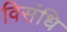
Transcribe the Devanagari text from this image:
विसंधि